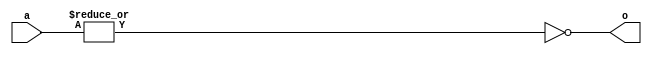
module OR_bit_32(
    input [31:0] a,
    output o
);
assign o = ~|a;
endmodule